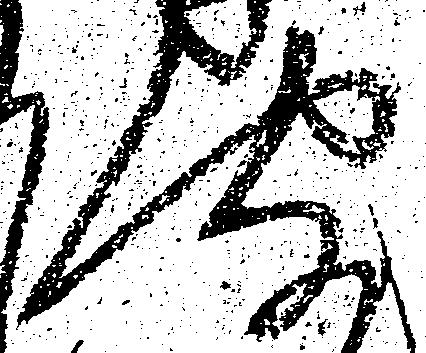
聞